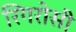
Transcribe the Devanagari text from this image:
रिगरोसी